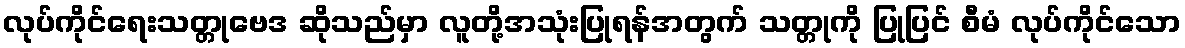
လုပ်ကိုင်ရေးသတ္တုဗေဒ ဆိုသည်မှာ လူတို့အသုံးပြုရန်အတွက် သတ္တုကို ပြုပြင် စီမံ လုပ်ကိုင်သော